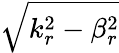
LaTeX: \sqrt{k_{r}^{2}-\beta_{r}^{2}}